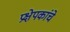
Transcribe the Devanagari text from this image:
प्रक्षेपकांचे